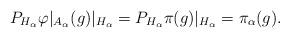
LaTeX: \begin{align*}P_{H_\alpha}\varphi|_{A_\alpha}(g) |_{H_\alpha}=P_{H_\alpha}\pi(g) |_{H_\alpha}=\pi_\alpha(g).\end{align*}